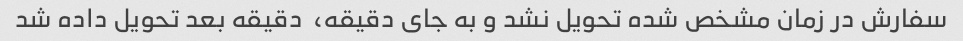
سفارش در زمان مشخص شده تحویل نشد و به جای دقیقه،  دقیقه بعد تحویل داده شد